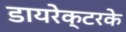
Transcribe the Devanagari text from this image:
डायरेक्टरके